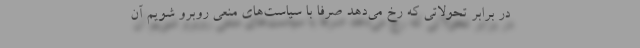
در برابر تحولاتی که رخ می‌دهد صرفاً با سیاست‌های منعی روبرو شویم آن